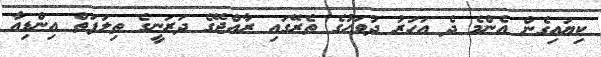
ކިޔައިގެން އެންމެ ދެ އަހަރު ދުވަހުގެ ތެރޭގައި ރާއްޖޭގެ ދަރަނީގެ ތިލަފަތް އިންޑިއާ